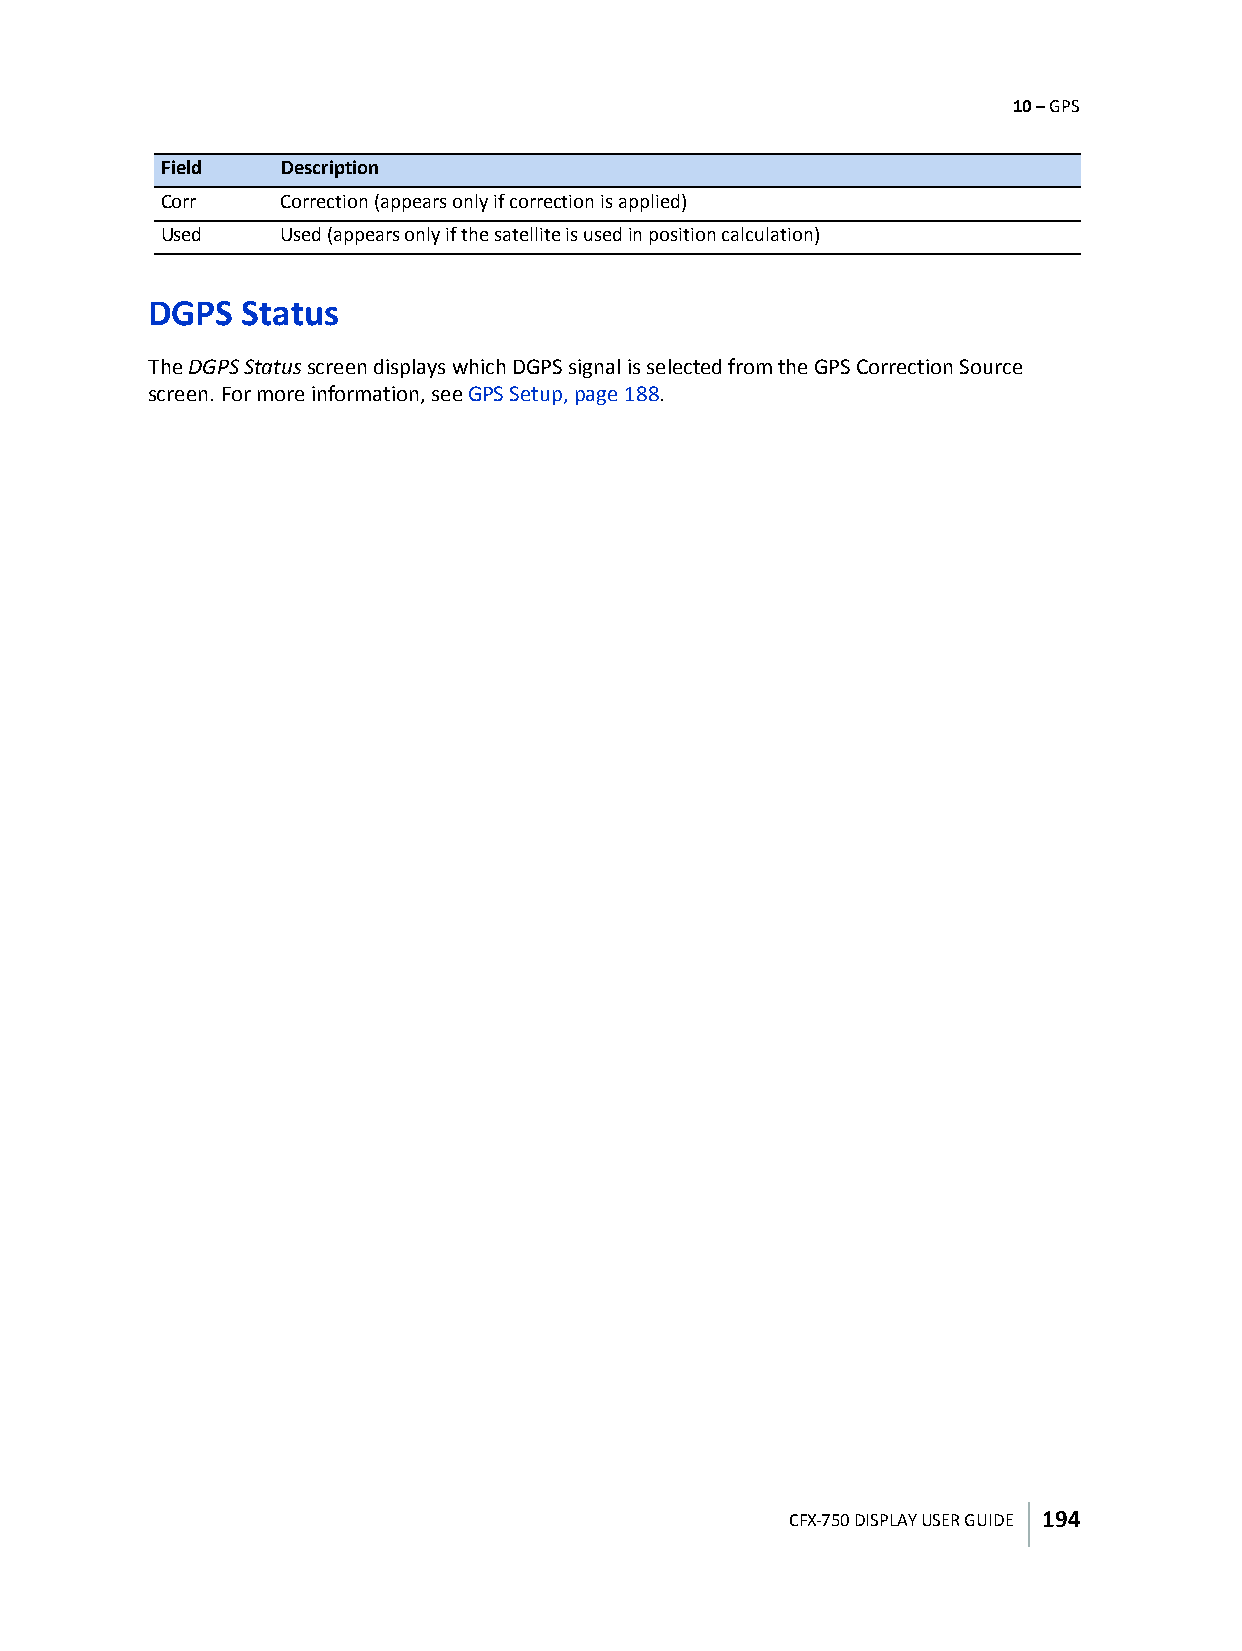
10 – GPS
 Field   Description
 Corr    Correction (appears only if correction is applied)
 Used    Used (appears only if the satellite is used in position calculation)
 DGPS  Status
 The DGPS Status screen displays which DGPS signal is selected from the GPS Correction Source
 screen. For more information, see GPS Setup, page188.
 CFX-750 DISPLAY USER GUIDE 194